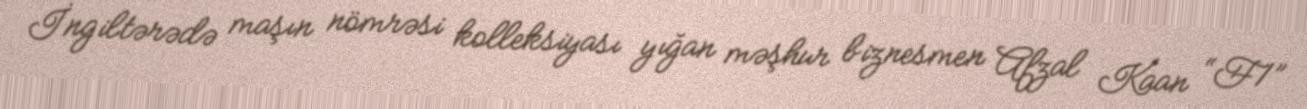
İngiltərədə maşın nömrəsi kolleksiyası yığan məşhur biznesmen Afzal Kaan “F1”